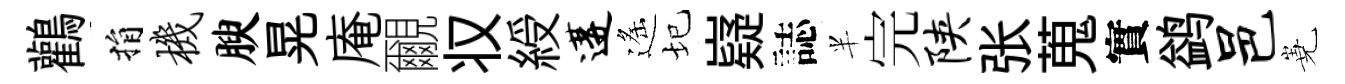
鸛捐机腴晃庵覼𠬧綬遘遙圮嶷誌半完陕张蒐實鹢邑嶤